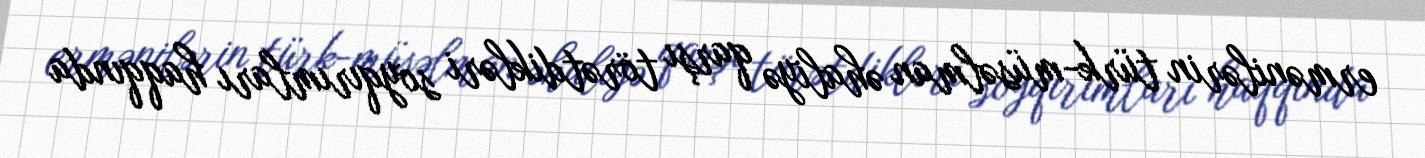
ermənilərin türk-müsəlman əhaliyə qarşı törətdikləri soyqırımları haqqında